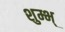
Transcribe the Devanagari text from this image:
शुम्भ्